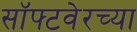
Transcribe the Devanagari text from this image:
सॉफ्टवेरच्या